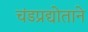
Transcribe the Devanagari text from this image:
चंडप्रद्योताने